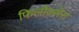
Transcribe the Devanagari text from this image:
फिलोक्सेरा